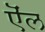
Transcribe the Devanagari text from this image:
ऎंल